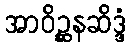
အာဝိဉ္ဆနဆိဒ္ဒံ